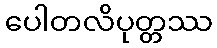
ပေါတလိပုတ္တဿ